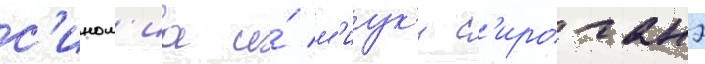
с'ином'иа и́ м'иук'и с'ироганэ